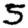
Digit: 5